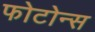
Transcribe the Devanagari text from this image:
फोटोन्स